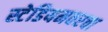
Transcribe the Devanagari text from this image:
स्टेडियमवरचा